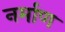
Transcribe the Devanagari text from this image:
नर्माण